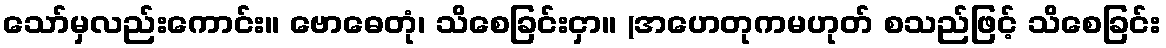
သော်မှလည်းကောင်း။ ဗောဓေတုံ၊ သိစေခြင်းငှာ။ (အဟေတုကမဟုတ် စသည်ဖြင့် သိစေခြင်း